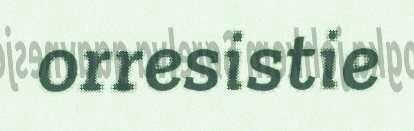
orresistie